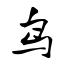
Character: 鸟